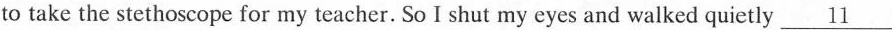
to take the stethoscope for my teacher. So I shut my eyes and walked quietly \underline{11}